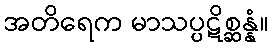
အတိရေက မာသပ္ပဋိစ္ဆန္နံ။